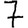
Digit: 7